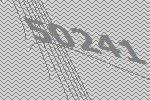
50241